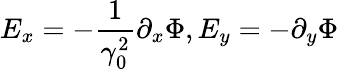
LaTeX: E_{x}=-\frac{1}{\gamma_{0}^{2}}\partial_{x}\Phi,E_{y}=-\partial_{y}\Phi